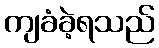
ကျခံခဲ့ရသည်